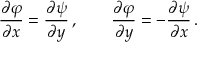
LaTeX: { \frac { \partial \varphi } { \partial x } } = { \frac { \partial \psi } { \partial y } } \, , \qquad { \frac { \partial \varphi } { \partial y } } = - { \frac { \partial \psi } { \partial x } } \, .